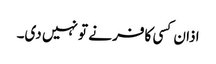
اذان کسی کافر نے تو نہیں دی۔